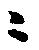
ニ